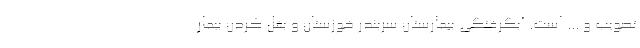
تصویب و ... است. آبگرفتگی بیمارستان سربندر خوزستان و بغل کردن بیمار